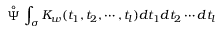
\stackrel { \circ } { \Psi } \int _ { \sigma } K _ { w } ( t _ { 1 } , t _ { 2 } , \cdots , t _ { l } ) d t _ { 1 } d t _ { 2 } \cdots d t _ { l }